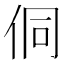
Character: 侗